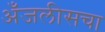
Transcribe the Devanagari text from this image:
अँजलीसचा